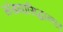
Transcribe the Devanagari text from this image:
संख्यासिद्धान्तात